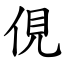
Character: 俔